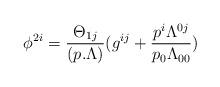
LaTeX: \begin{align*}\phi ^{2i}={{\Theta _{1j}}\over {(p.\Lambda )}}(g^{ij}+{{p^i\Lambda ^{0j}}\over{p_0\Lambda _{00}}})\end{align*}